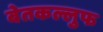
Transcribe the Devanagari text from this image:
बेतकल्लुफ